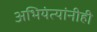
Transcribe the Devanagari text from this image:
अभियंत्यांनीही